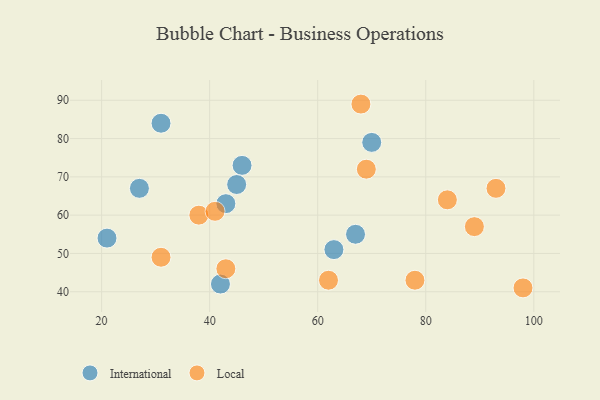
{"axis": {"x": "GDP", "y": "Life Expectancy"}, "legend": ["International", "Local"], "data": [{"x": "63", "y": 51, "type": "International"}, {"x": "70", "y": 79, "type": "International"}, {"x": "31", "y": 84, "type": "International"}, {"x": "46", "y": 73, "type": "International"}, {"x": "21", "y": 54, "type": "International"}, {"x": "27", "y": 67, "type": "International"}, {"x": "43", "y": 63, "type": "International"}, {"x": "42", "y": 42, "type": "International"}, {"x": "67", "y": 55, "type": "International"}, {"x": "45", "y": 68, "type": "International"}, {"x": "98", "y": 41, "type": "Local"}, {"x": "78", "y": 43, "type": "Local"}, {"x": "31", "y": 49, "type": "Local"}, {"x": "69", "y": 72, "type": "Local"}, {"x": "38", "y": 60, "type": "Local"}, {"x": "62", "y": 43, "type": "Local"}, {"x": "93", "y": 67, "type": "Local"}, {"x": "43", "y": 46, "type": "Local"}, {"x": "89", "y": 57, "type": "Local"}, {"x": "84", "y": 64, "type": "Local"}, {"x": "68", "y": 89, "type": "Local"}, {"x": "41", "y": 61, "type": "Local"}]}